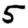
Digit: 5